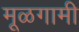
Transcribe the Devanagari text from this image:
मूळगामी